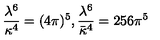
\frac { \lambda ^ { 6 } } { \kappa ^ { 4 } } = ( 4 \pi ) ^ { 5 } , \frac { \lambda ^ { 6 } } { \bar { \kappa } ^ { 4 } } = 2 5 6 \pi ^ { 5 }